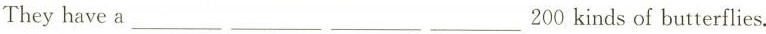
They have a ___ ___ ___ ___ 200 kinds of butterflies.